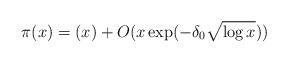
LaTeX: \begin{align*}\pi(x) = (x) + O(x \exp(-\delta_0\sqrt{\log x})) \end{align*}